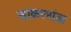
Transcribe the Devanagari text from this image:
साकरमांडा